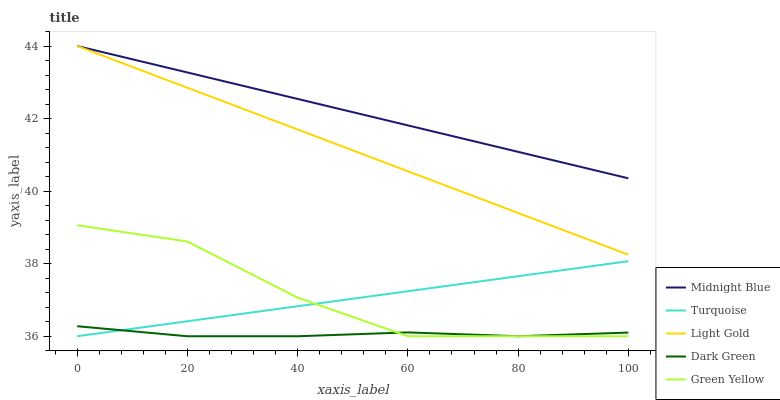
| xaxis_label | Midnight Blue | Turquoise | Light Gold | Dark Green | Green Yellow |
 | --- | --- | --- | --- | --- | --- |
 | 0 | 44 | 36 | 44 | 36.3 | 39.1 |
 | 20 | 43.3 | 36.4 | 42.8 | 36 | 38.6 |
 | 40 | 42.5 | 36.8 | 41.7 | 36 | 37.1 |
 | 60 | 41.8 | 37.2 | 40.5 | 36.1 | 36 |
 | 80 | 41.1 | 37.7 | 39.4 | 36 | 36 |
 | 100 | 40.4 | 38.1 | 38.2 | 36.1 | 36 |